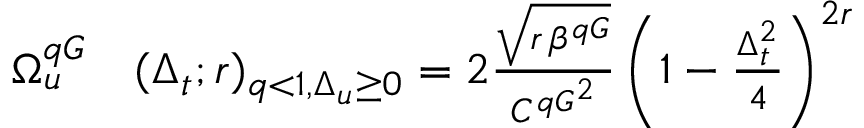
\begin{array} { r l } { \Omega _ { u } ^ { q G } } & { { } ( \Delta _ { t } ; r ) _ { q < 1 , \Delta _ { u } \ge 0 } = 2 \frac { \sqrt { r \, \beta ^ { q G } } } { { C ^ { q G } } ^ { 2 } } \left( 1 - \frac { \Delta _ { t } ^ { 2 } } { 4 } \right) ^ { 2 r } } \end{array}